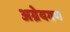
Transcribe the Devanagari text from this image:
अग्रेयगण